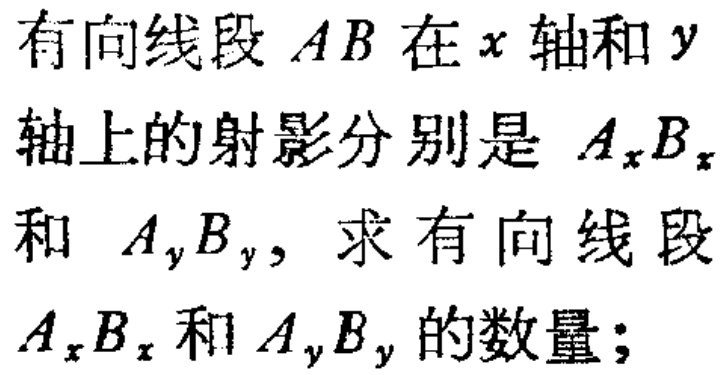
有向线段 \(AB\) 在 \(x\) 轴和 \(y\) 轴上的射影分别是 \(A_xB_x\) 和 \(A_yB_y\)，求有向线段 \(A_xB_x\) 和 \(A_yB_y\) 的数量；